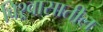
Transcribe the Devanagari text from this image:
विश्र्वासातील